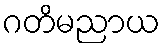
ဂတိမညာယ